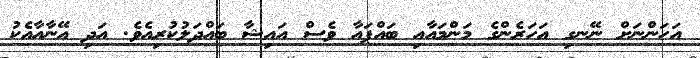
އަހަންނަށް ނޭނގި އަހަރެންގެ މަންމައާއި ބައްޕައާ ވެސް އައިޝާ ބައްދަލުކުރިއެވެ. އަދި އޭނާއާއެކު